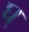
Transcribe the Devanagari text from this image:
घ्‌